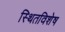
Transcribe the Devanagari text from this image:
स्थितविशेष